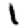
Digit: 1